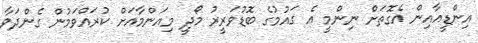
އިންޑީއާއިން އެގޮތަށް ނިންމީ އެ ގައުމުގެ ބޮޑުވަރީރު މޯދީ މިއަންމާއަށް ކުރައްވަމުން ގެންދަވާ